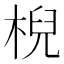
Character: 棿